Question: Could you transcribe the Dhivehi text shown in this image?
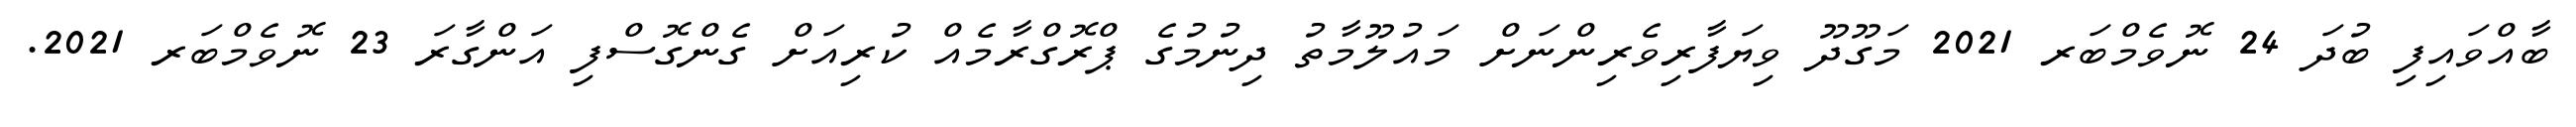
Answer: ބާއްވައިފި ބުދަ 24 ނޮވެމްބަރ 2021 މަގޫދޫ ވިޔަފާރިވެރިންނަށް މައުލޫމާތު ދިނުމުގެ ޕްރޮގްރާމެއް ކުރިއަށް ގެންގޮސްފި އަންގާރަ 23 ނޮވެމްބަރ 2021.